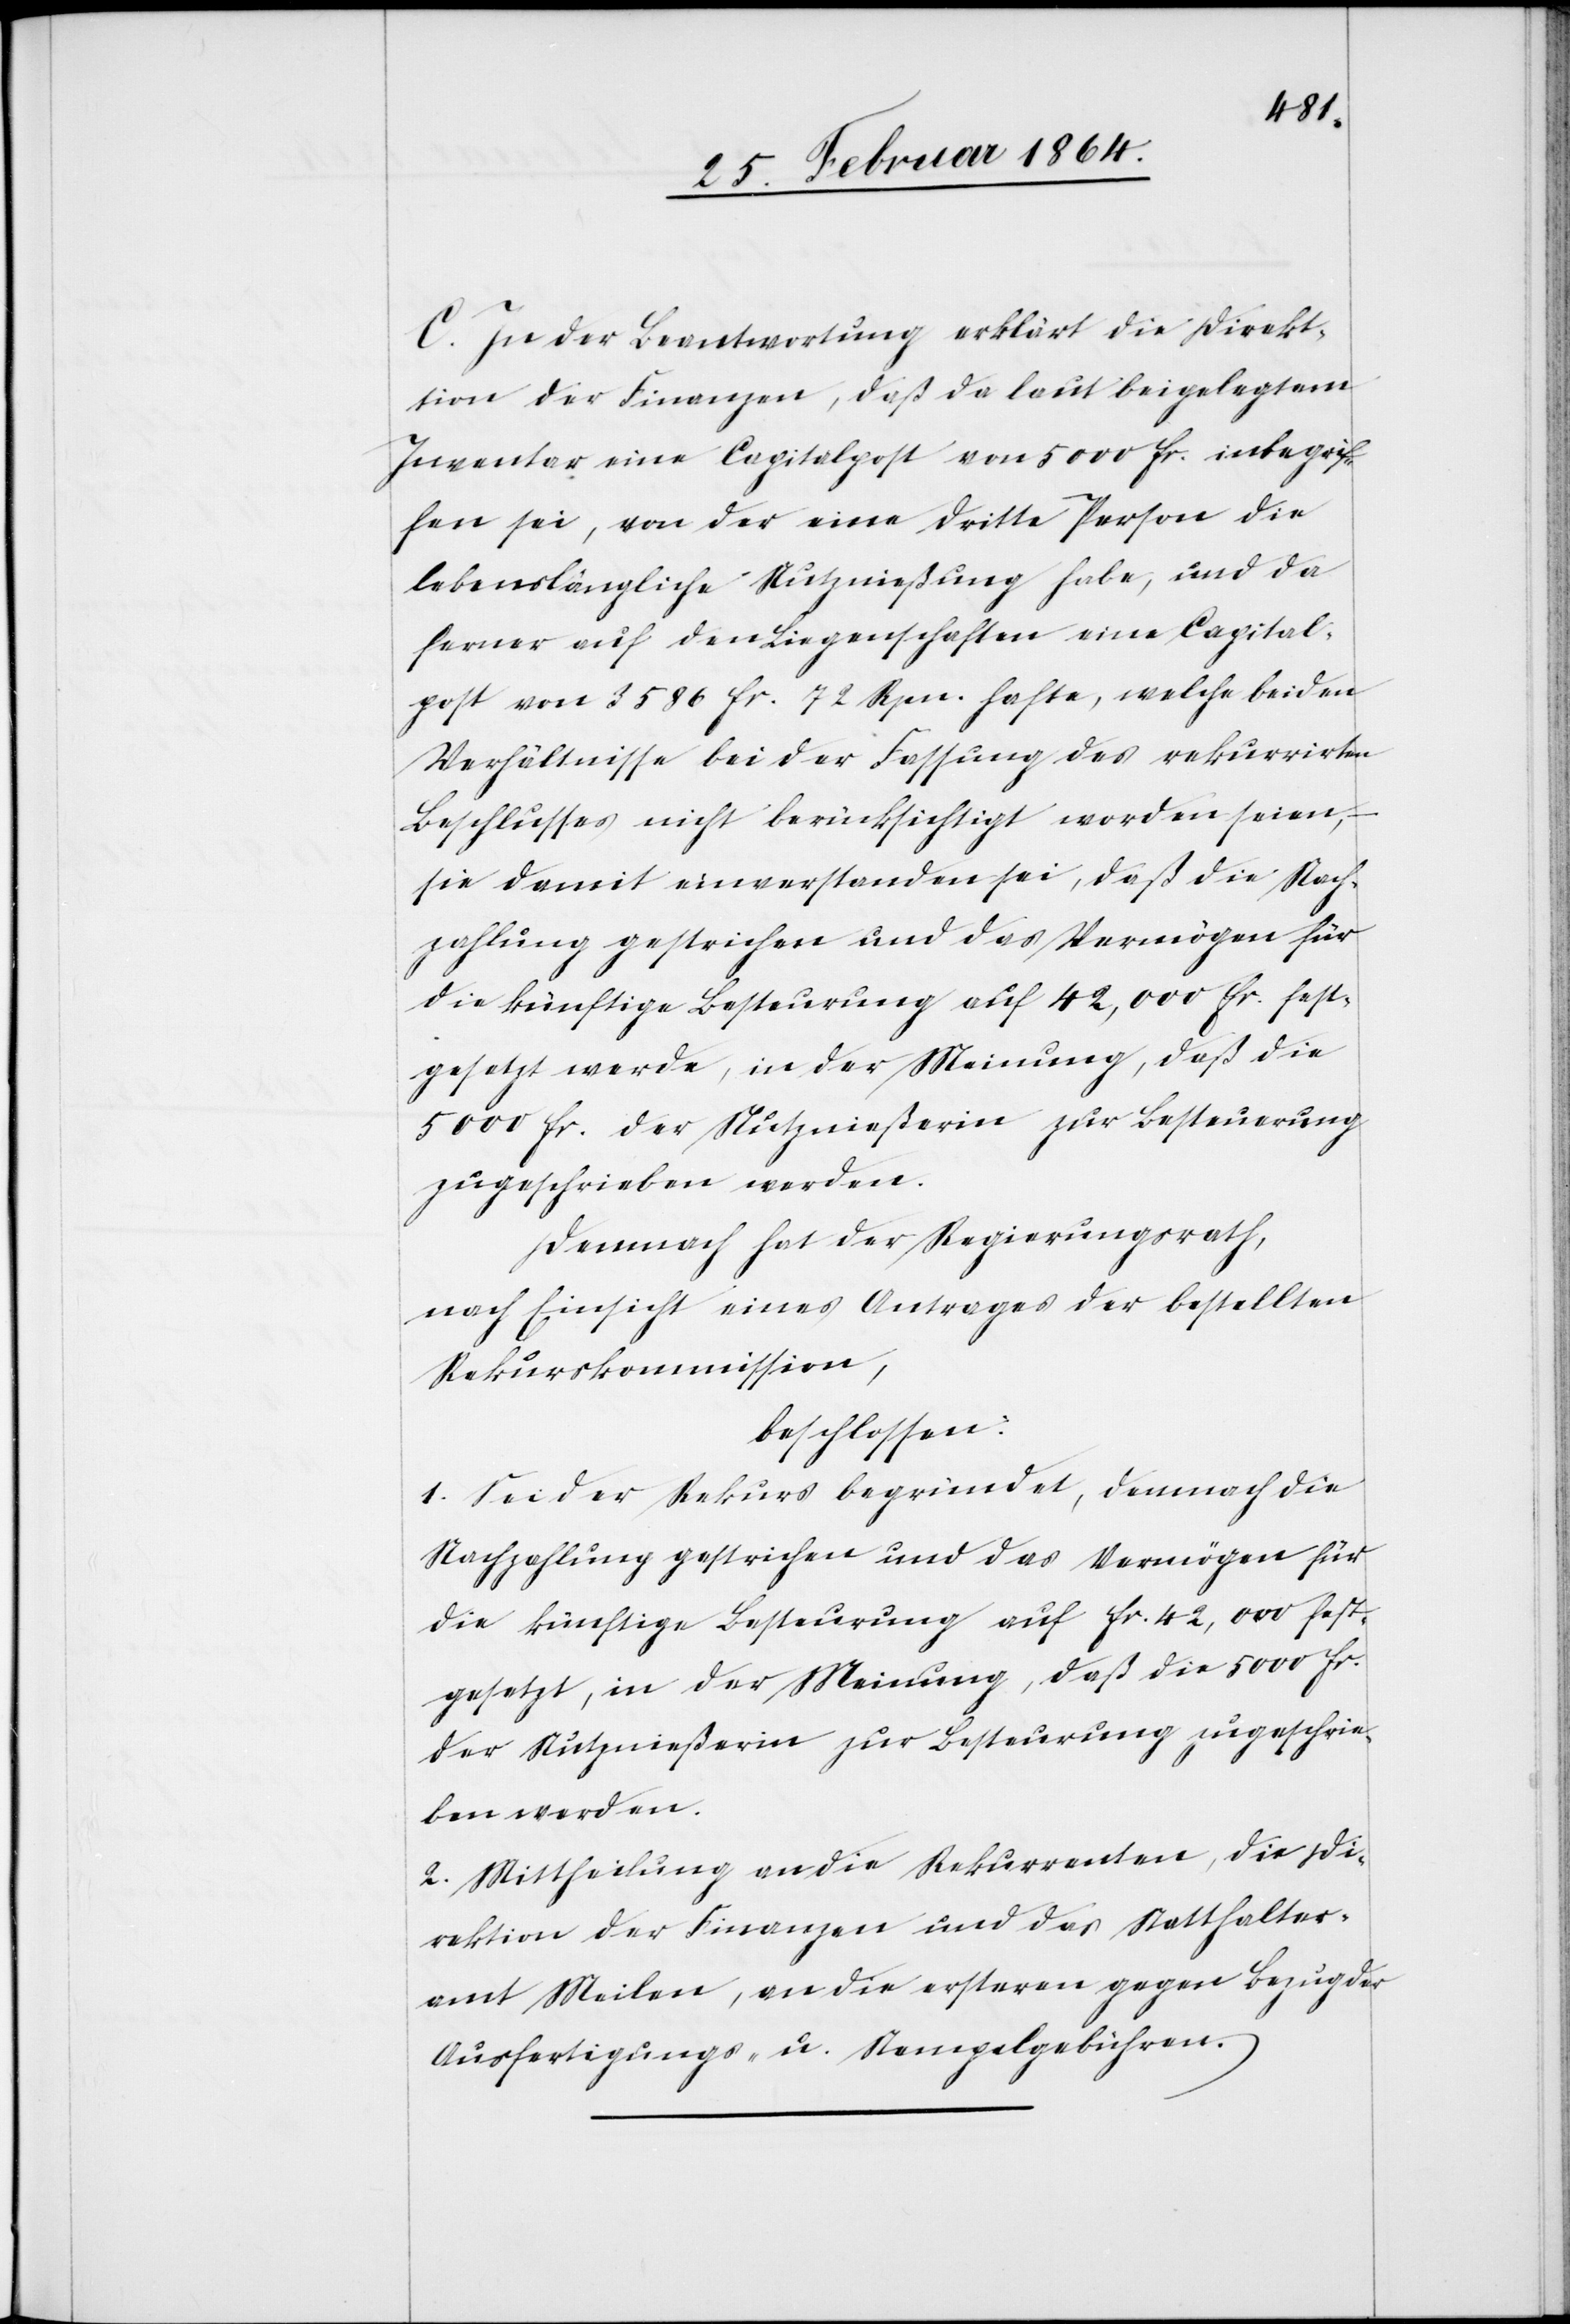
C. In der Beantwortung erklärt die Direk¬
tion der Finanzen, daß da laut beigelegtem
Inventar eine Capitalpost von 5000 fr. inbegrif¬
fen sei, von der eine dritte Person die
lebenslängliche Nutznießung habe, und da
ferner auf den Liegenschaften eine Capital¬
post von 3586 fr. 72 Rpn. hafte, welche beiden
Verhältnisse bei der Fassung des rekurrirten
Beschlusses nicht berücksichtigt worden seien, –
sie damit einverstanden sei, daß die Nach¬
zahlung gestrichen und das Vermögen für
die künftige Besteuerung auf 42,000 fr. fest¬
gesetzt werde, in der Meinung, daß die
5000 fr. der Nutznießerin zur Besteuerung
zugeschrieben werden.
Demnach hat der Regierungsrath,
nach Einsicht eines Antrages der bestellten
Rekurskommission,
beschlossen:
1. Sei der Rekurs begründet, demnach die
Nachzahlung gestrichen und das Vermögen für
die künftige Besteuerung auf fr. 42,000 fest¬
gesetzt, in der Meinung, daß die 5000 fr.
der Nutznießerin zur Besteuerung zugeschrie¬
ben werden.
2. Mittheilung an die Rekurrenten, die Di¬
rektion der Finanzen und das Statthalter¬
amt Meilen, an die ersteren gegen Bezug der
Ausfertigungs- u. Stempelgebühren.